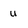
Character: u